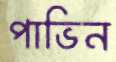
পাভিন